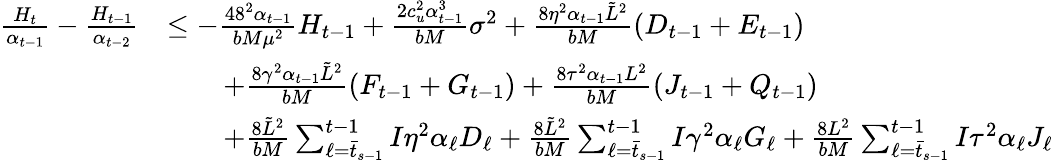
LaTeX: \begin{array}{rl}{\frac{H_{t}}{\alpha_{t-1}}-\frac{H_{t-1}}{\alpha_{t-2}}}&{\leq-\frac{48^{2}\alpha_{t-1}}{bM\mu^{2}}H_{t-1}+\frac{2c_{u}^{2}\alpha_{t-1}^{3}}{bM}\sigma^{2}+\frac{8\eta^{2}\alpha_{t-1}\tilde{L}^{2}}{bM}(D_{t-1}+E_{t-1})}\\ &{\qquad+\frac{8\gamma^{2}\alpha_{t-1}\tilde{L}^{2}}{bM}(F_{t-1}+G_{t-1})+\frac{8\tau^{2}\alpha_{t-1}L^{2}}{bM}(J_{t-1}+Q_{t-1})}\\ &{\qquad+\frac{8\tilde{L}^{2}}{bM}\sum_{\ell=\bar{t}_{s-1}}^{t-1}I\eta^{2}\alpha_{\ell}D_{\ell}+\frac{8\tilde{L}^{2}}{bM}\sum_{\ell=\bar{t}_{s-1}}^{t-1}I\gamma^{2}\alpha_{\ell}G_{\ell}+\frac{8L^{2}}{bM}\sum_{\ell=\bar{t}_{s-1}}^{t-1}I\tau^{2}\alpha_{\ell}J_{\ell}}\end{array}